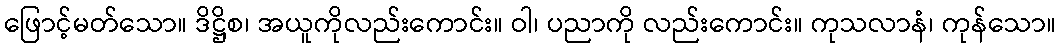
ဖြောင့်မတ်သော။ ဒိဋ္ဌိစ၊ အယူကိုလည်းကောင်း။ ဝါ၊ ပညာကို လည်းကောင်း။ ကုသလာနံ၊ ကုန်သော။